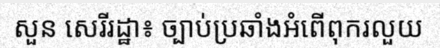
សួន សេរីរដ្ឋា៖ ច្បាប់ប្រឆាំងអំពើពុករលួយ